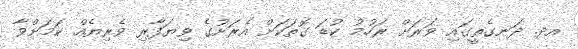
އދ. ދަނގެތީގައި ވަރަށް ރަހުމު ކުޑަ ގޮތަކަށް އެރަށުގެ ވިޔަފާރި ވެރިޔެއް ކަމަށްވާ